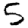
Digit: 5